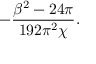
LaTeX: - \frac { \beta ^ { 2 } - 2 4 \pi } { 1 9 2 \pi ^ { 2 } \chi } .